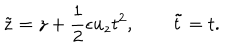
{ \tilde { z } } = z + \frac { 1 } { 2 } \epsilon u _ { z } t ^ { 2 } , \qquad { \tilde { t } } = t .